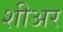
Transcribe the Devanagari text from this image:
शीअर